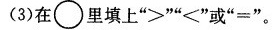
(3)在\circ里填上”>””<”或”=”